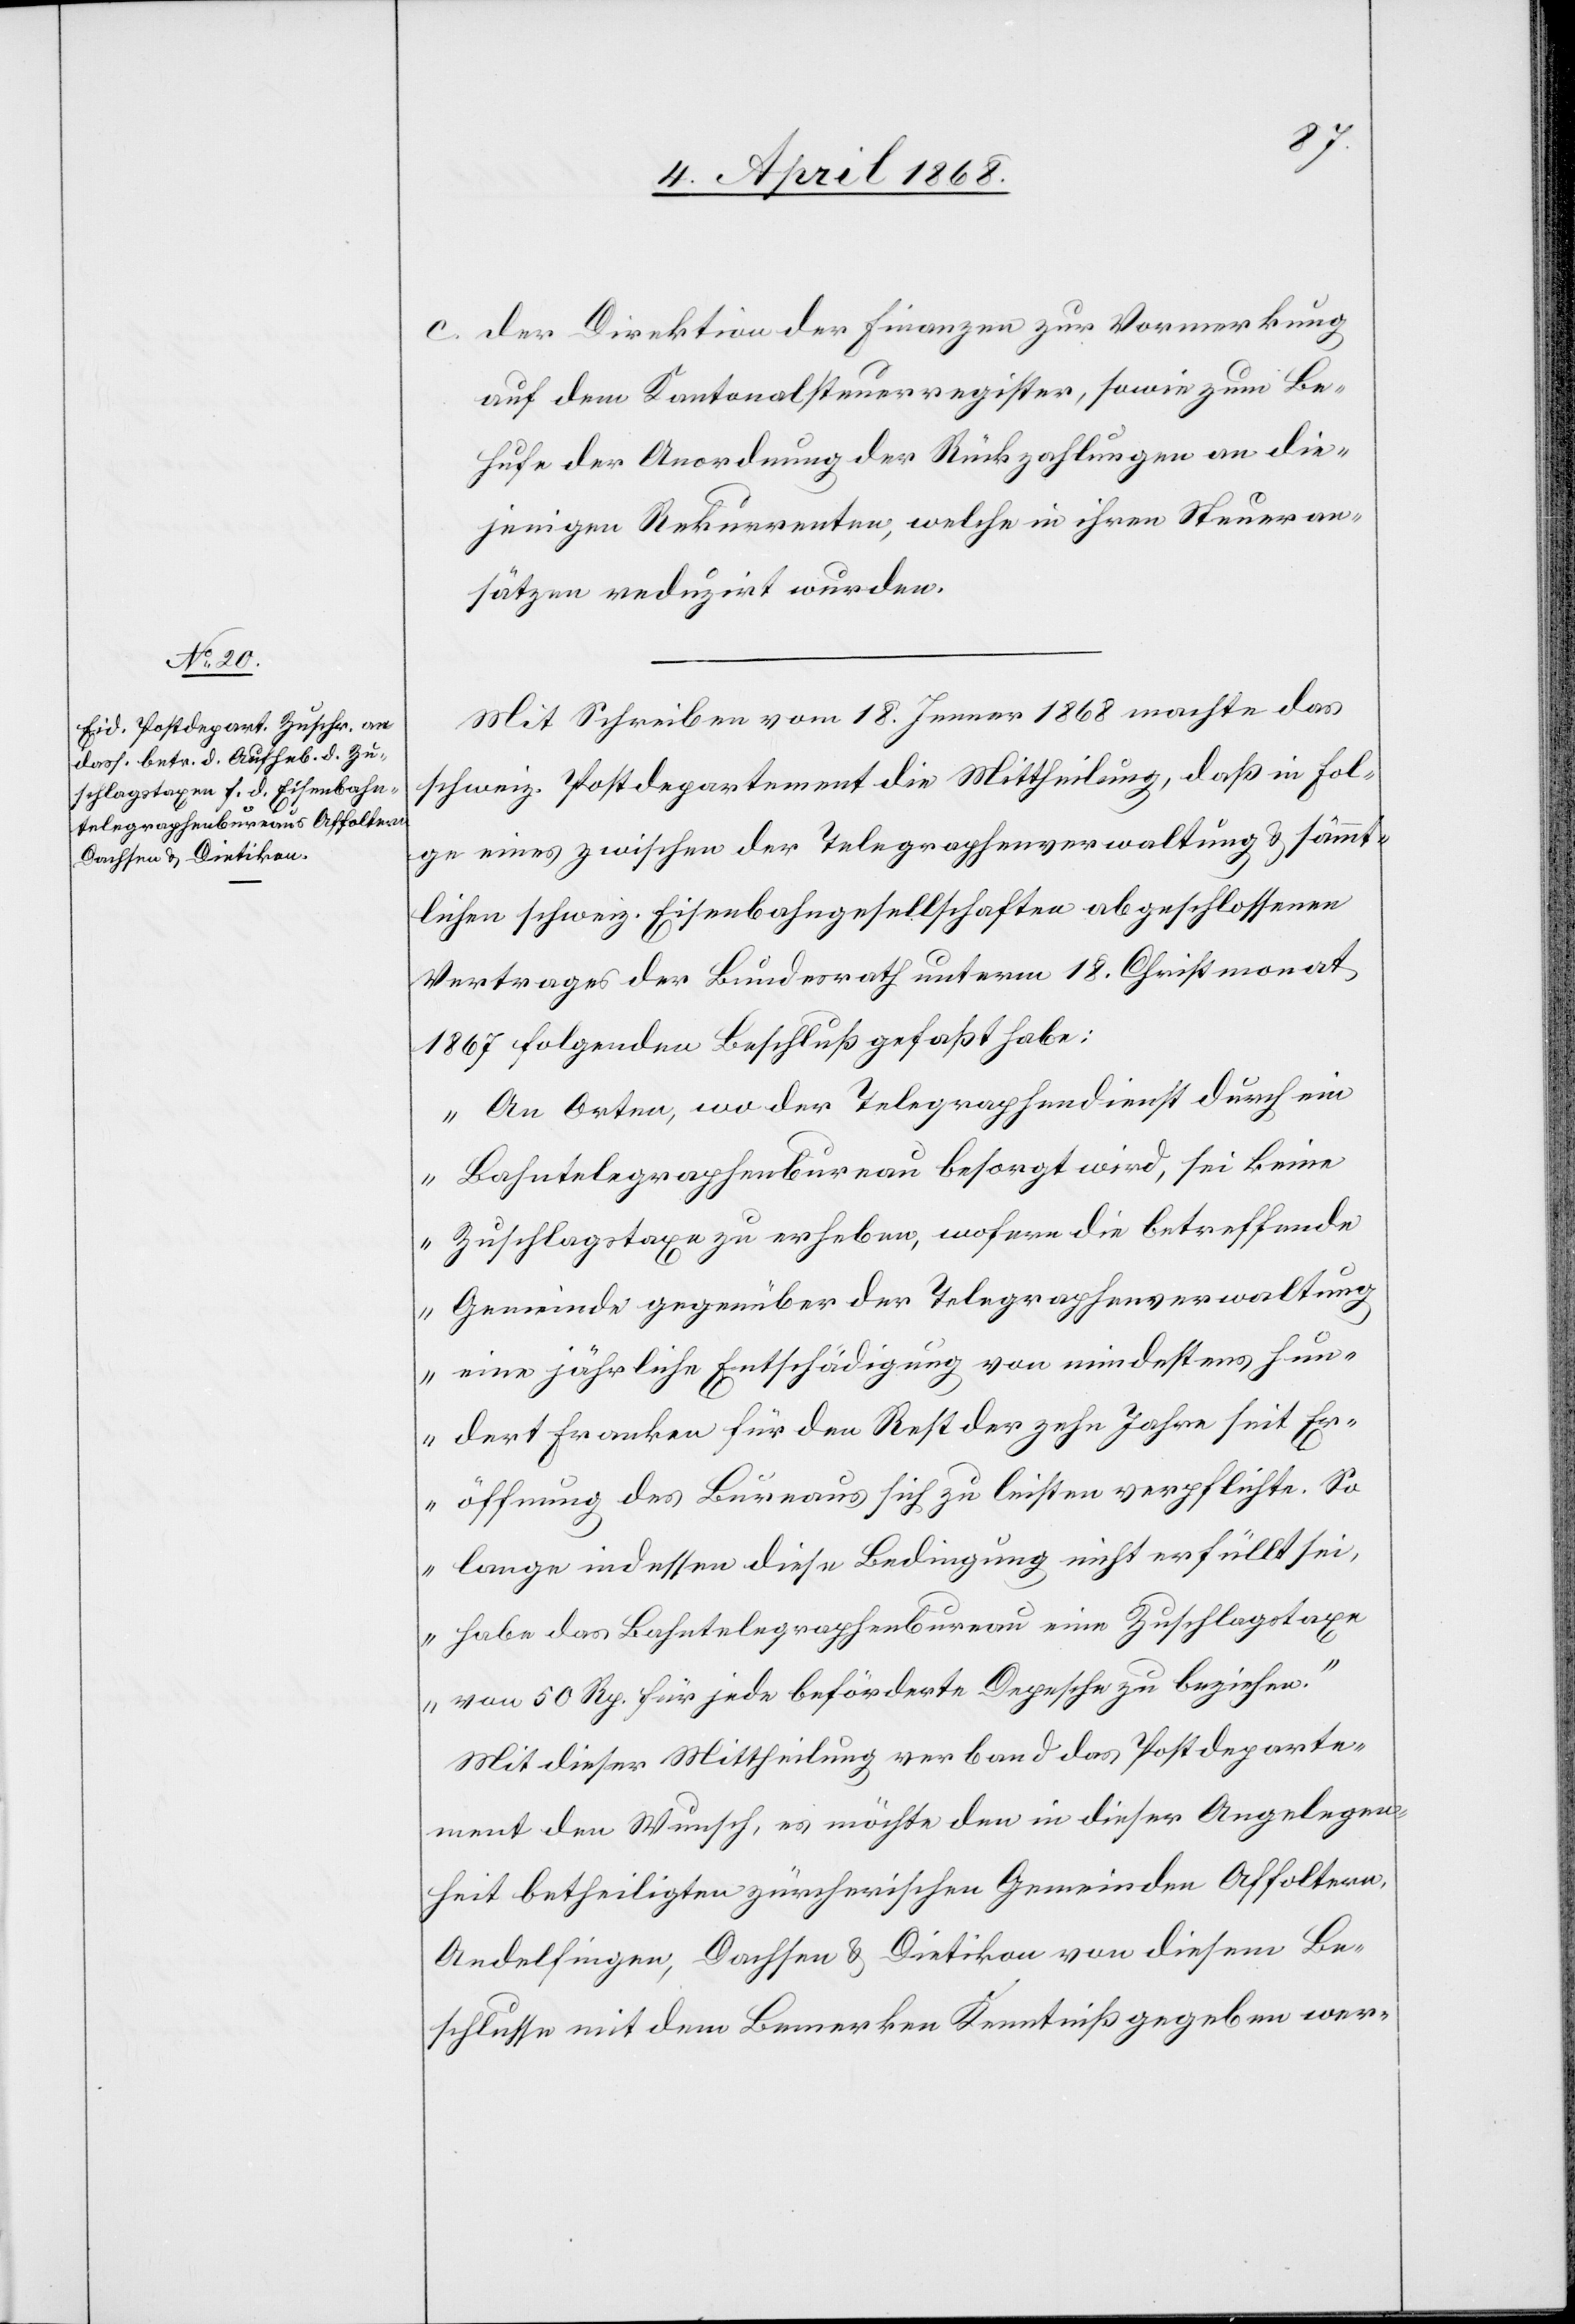
der Direktion der Finanzen zur Vormerkung
auf dem Kantonalsteuerregister, sowie zum Be¬
hufe der Anordnung der Rückzahlungen an die¬
jenigen Rekurrenten, welche in ihren Steueran¬
sätzen reduzirt wurden.
Mit Schreiben vom 18. Jenner 1868 machte das
schweiz. Postdepartement die Mittheilung, daß in Fol¬
ge eines zwischen der Telegraphenverwaltung & sämmt¬
lichen schweiz. Eisenbahngesellschaften abgeschlossenen
Vertrages der Bundesrath unterm 18. Christmonat
1867 folgenden Beschluß gefaßt habe:
„An Orten, wo der Telegraphendienst durch ein
Bahntelegraphenbureau besorgt wird, sei keine
Zuschlagstaxe zu erheben, wofern die betreffende
Gemeinde gegenüber der Telegraphenverwaltung
eine jährliche Entschädigung von mindestens hun¬
dert Franken für den Rest der zehn Jahre seit Er¬
öffnung des Bureaus sich zu leisten verpflichte. So
lange indessen diese Bedingung nicht erfüllt sei,
habe das Bahntelegraphenbureau eine Zuschlagstaxe
von 50 Rp. für jede beförderte Depesche zu beziehen.“
Mit dieser Mittheilung verband das Postdeparte¬
ment den Wunsch, es möchte den in dieser Angelegen¬
heit betheiligten zürcherischen Gemeinden Affoltern,
Andelfingen, Dachsen & Dietikon von diesem Be¬
schlusse mit dem Bemerken Kenntniß gegeben wer-